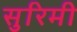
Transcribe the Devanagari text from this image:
सुरिमी